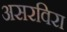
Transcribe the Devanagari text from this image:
असरविरा